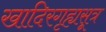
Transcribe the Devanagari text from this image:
खादिरगृह्यसूत्र